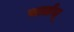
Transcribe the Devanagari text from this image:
चार्लस्‌